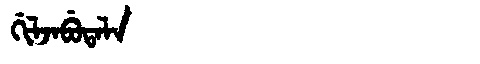
Manchu: ᡤᡳᠯᠵᠠᠪᡠᡨᠠᠯᠠ
Romanization: GILJABUTALA